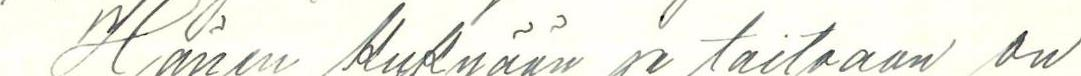
Hänen Kykyään ja taitoaan on